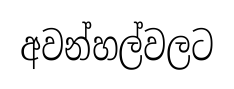
අවන්හල්වලට